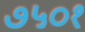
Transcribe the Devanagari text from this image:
७५०१